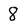
Character: 8